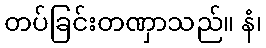
တပ်ခြင်းတဏှာသည်။ နံ၊